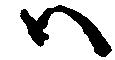
ハ